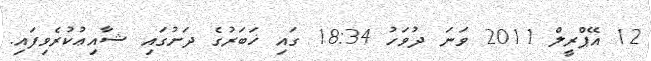
12 އޭޕްރީލް 2011 ވަނަ ދުވަހު 18:34 ގައި ޚަބަރުގެ ދަށުގައި ޝާއިޢުކުރެވިފައި.